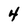
Character: 4